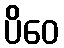
ပိဝေ